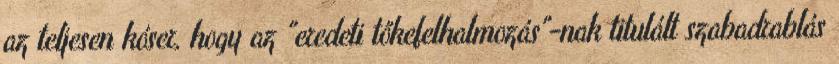
az teljesen kóser, hogy az "eredeti tőkefelhalmozás"-nak titulált szabadrablás